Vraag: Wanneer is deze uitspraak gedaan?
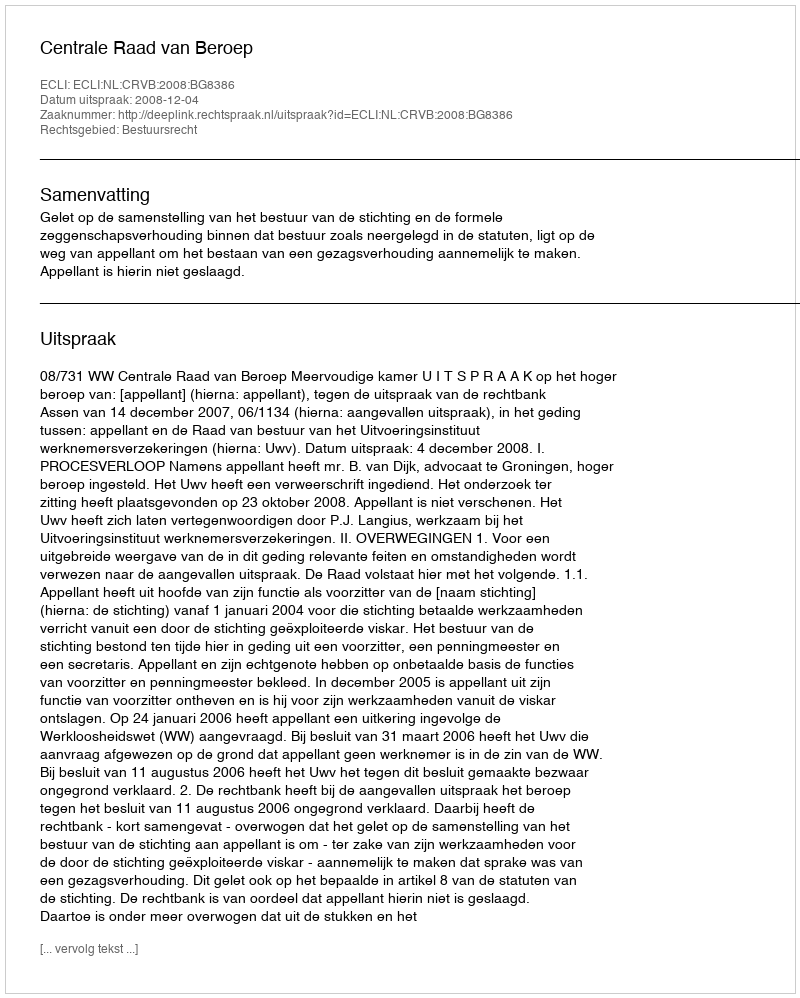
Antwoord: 2008-12-04